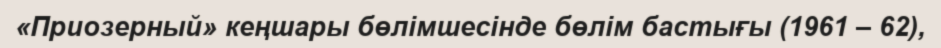
«Приозерный» кеңшары бөлімшесінде бөлім бастығы (1961 – 62),